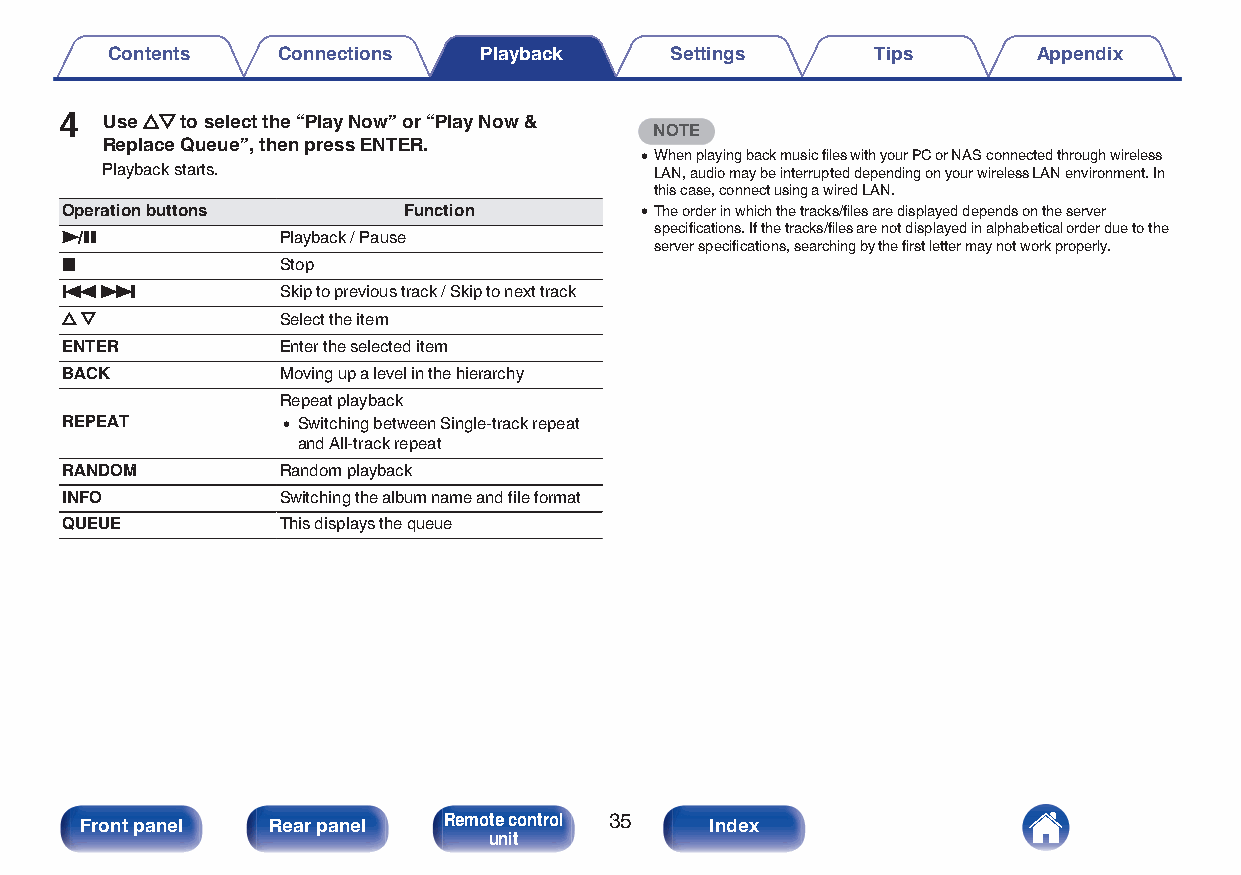
Contents   Connections   Playback    Settings      Tips       Appendix
 4  Use ui to select the “Play Now” or “Play Now &
 NOTE
 Replace Queue”, then press ENTER.
 0When playing back music files with your PC or NAS connected through wireless
 Playback starts.                    LAN, audio may be interrupted depending on your wireless LAN environment. In
 this case, connect using a wired LAN.
 Operation buttons      Function       0The order in which the tracks/files are displayed depends on the server
 specifications. If the tracks/files are not displayed in alphabetical order due to the
 1/3           Playback / Pause
 server specifications, searching by the first letter may not work properly.
 2             Stop
 8  9          Skip to previous track / Skip to next track
 u i           Select the item
 ENTER         Enter the selected item
 BACK          Moving up a level in the hierarchy
 Repeat playback
 REPEAT         0 Switching between Single-track repeat
 and All-track repeat
 RANDOM        Random playback
 INFO          Switching the album name and file format
 QUEUE         This displays the queue
 Front panel  Rear panel Remote control 35 Index
 unit